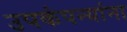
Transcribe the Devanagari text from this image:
उपकंपन्यांना